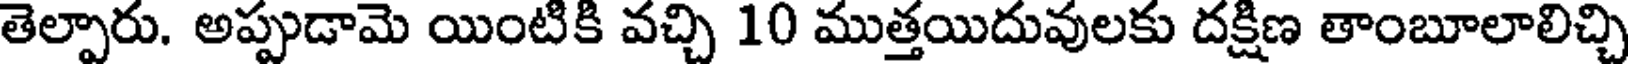
తెల్పారు. అప్పుడామె యింటికి వచ్చి 10 ముత్తయిదువులకు దక్షిణ తాంబూలాలిచ్చి